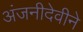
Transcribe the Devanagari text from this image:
अंजनीदेवीने